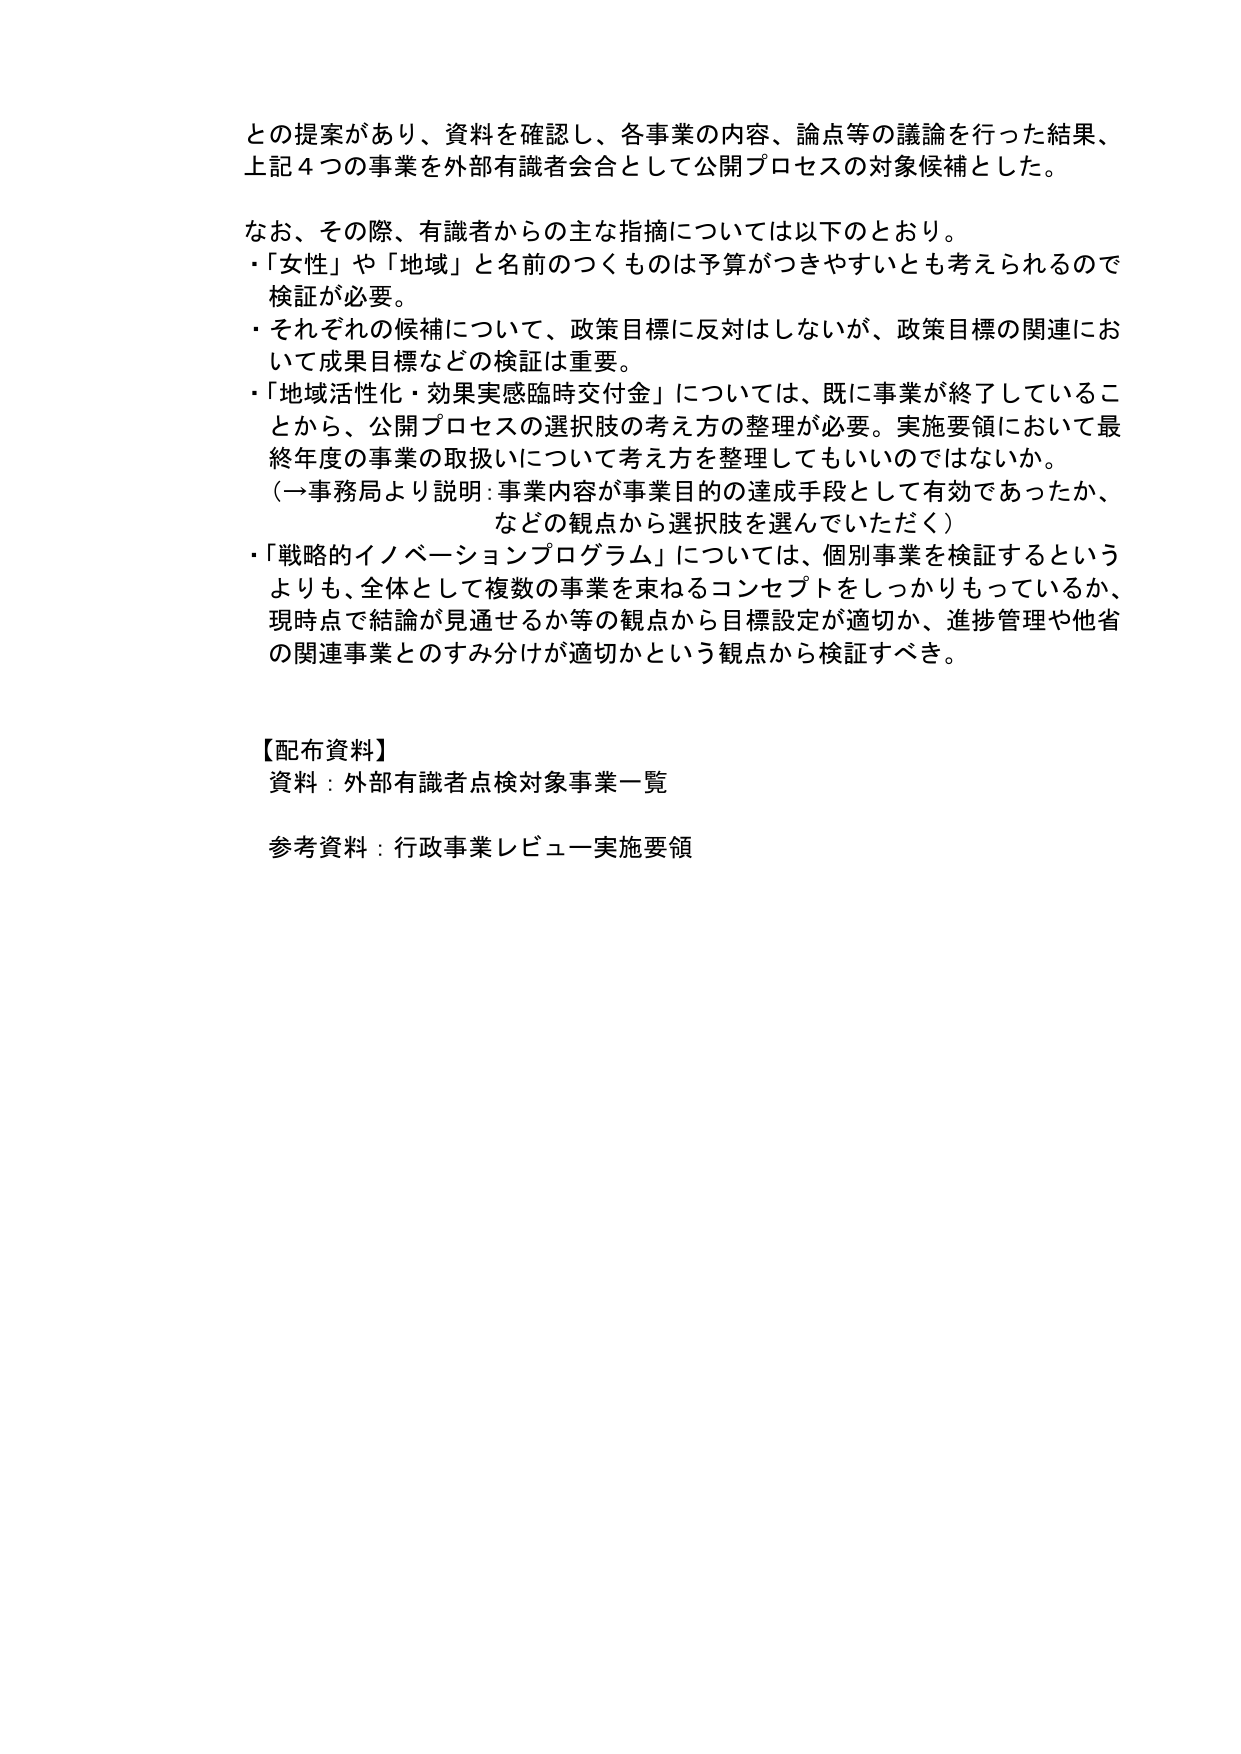
との提案があり、資料を確認し、各事業の内容、論点等の議論を行った結果、
上記４つの事業を外部有識者会合として公開プロセスの対象候補とした。

なお、その際、有識者からの主な指摘については以下のとおり。
・「女性」や「地域」と名前のつくものは予算がつきやすいとも考えられるので
検証が必要。
・それぞれの候補について、政策目標に反対はしないが、政策目標の関連において成果目標などの検証は重要。
・「地域活性化・効果実感臨時交付金」については、既に事業が終了していることから、公開プロセスの選択肢の考え方の整理が必要。実施要領において最終年度の事業の取扱いについて考え方を整理してもいいのではないか。
（一事務局より説明：事業内容が事業目的の達成手段として有効であったか、
などの観点から選択肢を選んでいただく）
・「戦略的イノベーションプログラム」については、個別事業を検証するというよりも、全体として複数の事業を束ねるコンセプトをしっかりもっているか、現時点で結論が見通せるか等の観点から目標設定が適切か、進捗管理や他省の関連事業とのすみ分けが適切かという観点から検証すべき。

【配布資料】
資料：外部有識者点検対象事業一覧
参考資料：行政事業レビュー実施要領